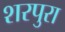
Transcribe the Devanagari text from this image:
शरपुरा